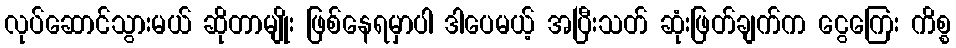
လုပ်ဆောင်သွားမယ် ဆိုတာမျိုး ဖြစ်နေရမှာပါ ဒါပေမယ့် အပြီးသတ် ဆုံးဖြတ်ချက်က ငွေကြေး ကိစ္စ